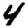
Digit: 4